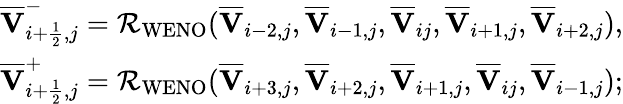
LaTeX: \begin{array}{r}{\overline{{\mathbf{V}}}_{i+\frac{1}{2},j}^{-}=\mathcal{R}_{\mathrm{WENO}}(\overline{{\mathbf{V}}}_{i-2,j},\overline{{\mathbf{V}}}_{i-1,j},\overline{{\mathbf{V}}}_{ij},\overline{{\mathbf{V}}}_{i+1,j},\overline{{\mathbf{V}}}_{i+2,j}),}\\ {\overline{{\mathbf{V}}}_{i+\frac{1}{2},j}^{+}=\mathcal{R}_{\mathrm{WENO}}(\overline{{\mathbf{V}}}_{i+3,j},\overline{{\mathbf{V}}}_{i+2,j},\overline{{\mathbf{V}}}_{i+1,j},\overline{{\mathbf{V}}}_{ij},\overline{{\mathbf{V}}}_{i-1,j});}\end{array}